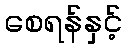
စေရန်နှင့်